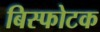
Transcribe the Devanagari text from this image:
बिस्फोटक